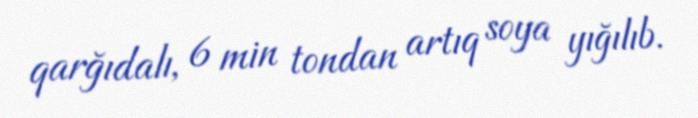
qarğıdalı, 6 min tondan artıq soya yığılıb.